Statistical return of the lunatic asylum in Assam - 1912-1932
Year: 1912
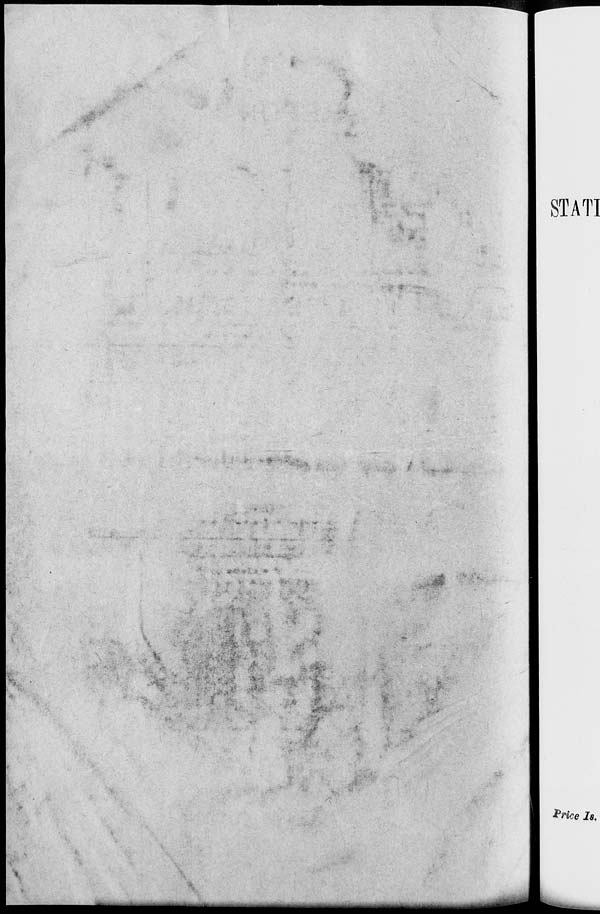
STATI
frice Is.